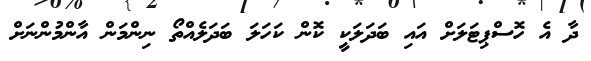
ދާ އެ ހޮސްޕިޓަލަށް އައި ބަދަލަކީ ކޮން ކަހަލަ ބަދަލެއްތޯ ނިންމަން އާންމުންނަށް